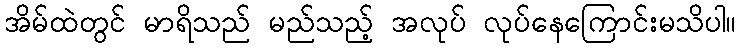
အိမ်ထဲတွင် မာရိသည် မည်သည့် အလုပ် လုပ်နေကြောင်းမသိပါ။